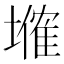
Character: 𡑗